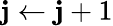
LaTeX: \mathbf{j}\leftarrow\mathbf{j}+1